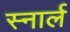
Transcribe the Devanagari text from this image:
स्नार्ल